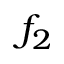
f _ { 2 }